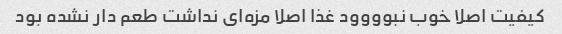
کیفیت اصلا خوب نبوووود غذا اصلا مزه‌ای نداشت طعم دار نشده بود